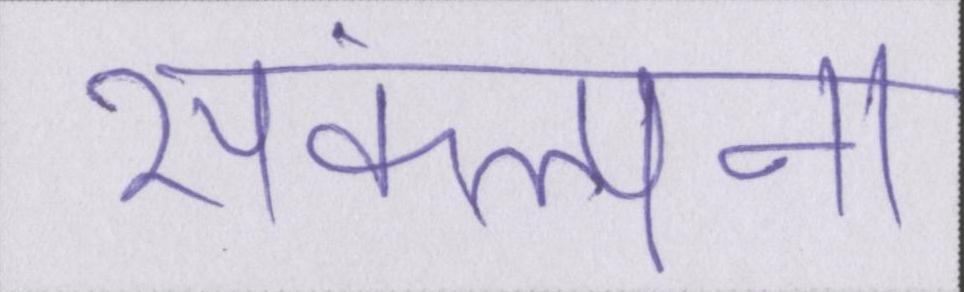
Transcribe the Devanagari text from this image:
संकल्पना